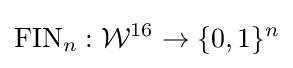
{\textrm {FIN}}_{n}:{\mathcal {W}}^{16}\rightarrow \{0,1\}^{n}